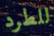
للطرد